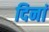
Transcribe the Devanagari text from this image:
दिनां